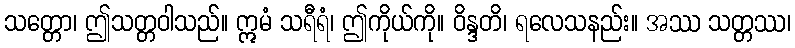
သတ္တော၊ ဤသတ္တဝါသည်။ ဣမံ သရီရံ၊ ဤကိုယ်ကို။ ဝိန္ဒတိ၊ ရလေသနည်း။ အဿ သတ္တဿ၊